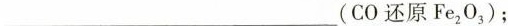
___(CO还原Fe_{2}O_{3})；